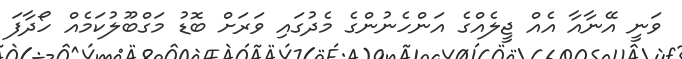
ވަނީ އޭނާއާ އެއް ޖީލެއްގެ އަންހެނުންގެ މެދުގައި ވަރަށް ބޮޑު މަގްބޫލުކަމެއް ހޯދާފަ